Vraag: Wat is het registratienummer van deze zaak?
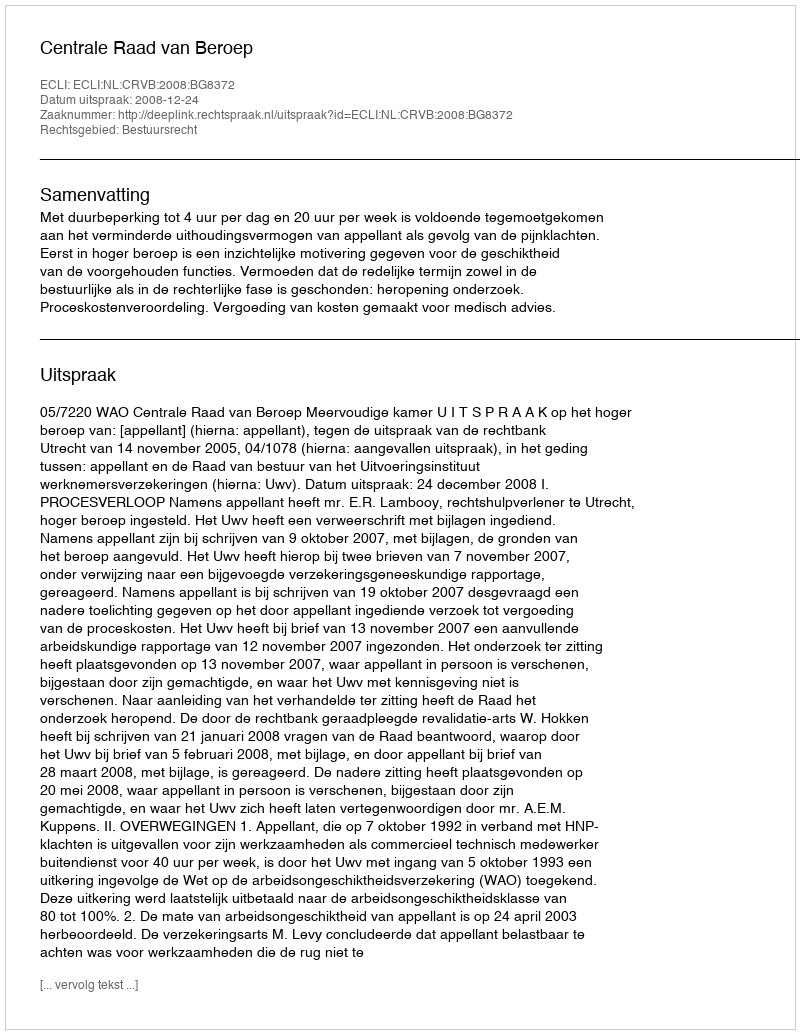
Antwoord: http://deeplink.rechtspraak.nl/uitspraak?id=ECLI:NL:CRVB:2008:BG8372